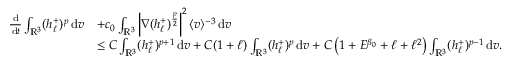
\begin{array} { r l } { \frac { \, \mathrm { d } } { \, \mathrm { d } t } \int _ { \ensuremath { { \mathbb R } } ^ { 3 } } ( h _ { \ell } ^ { + } ) ^ { p } \, \mathrm { d } v } & { + c _ { 0 } \int _ { \ensuremath { { \mathbb R } } ^ { 3 } } \left\vert \nabla ( h _ { \ell } ^ { + } ) ^ { \frac { p } { 2 } } \right\vert ^ { 2 } \langle v \rangle ^ { - 3 } \, \mathrm { d } v } \\ & { \leq C \int _ { \ensuremath { { \mathbb R } } ^ { 3 } } ( h _ { \ell } ^ { + } ) ^ { p + 1 } \, \mathrm { d } v + C ( 1 + \ell ) \int _ { \ensuremath { { \mathbb R } } ^ { 3 } } ( h _ { \ell } ^ { + } ) ^ { p } \, \mathrm { d } v + C \left( 1 + E ^ { \beta _ { 0 } } + \ell + \ell ^ { 2 } \right) \int _ { \ensuremath { { \mathbb R } } ^ { 3 } } ( h _ { \ell } ^ { + } ) ^ { p - 1 } \, \mathrm { d } v . } \end{array}